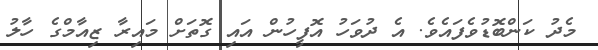
މެދު ކަންބޮޑުވެފައެވެ. އެ ދުވަހު އޮފީހުން އައި ގޮތަށް މައިރާ ޒިއާމްގެ ހާލު